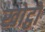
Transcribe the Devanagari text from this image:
खोट्ठो